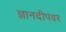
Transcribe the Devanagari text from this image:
ज्ञानदीपवर